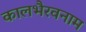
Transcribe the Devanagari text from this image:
कालभैरवनाम